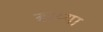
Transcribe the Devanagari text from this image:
बरय्या